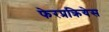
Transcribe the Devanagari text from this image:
फेरप्रक्रियेस